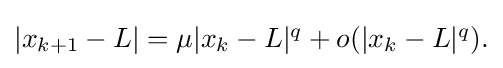
{\textstyle |x_{k+1}-L|=\mu |x_{k}-L|^{q}+o(|x_{k}-L|^{q}).}